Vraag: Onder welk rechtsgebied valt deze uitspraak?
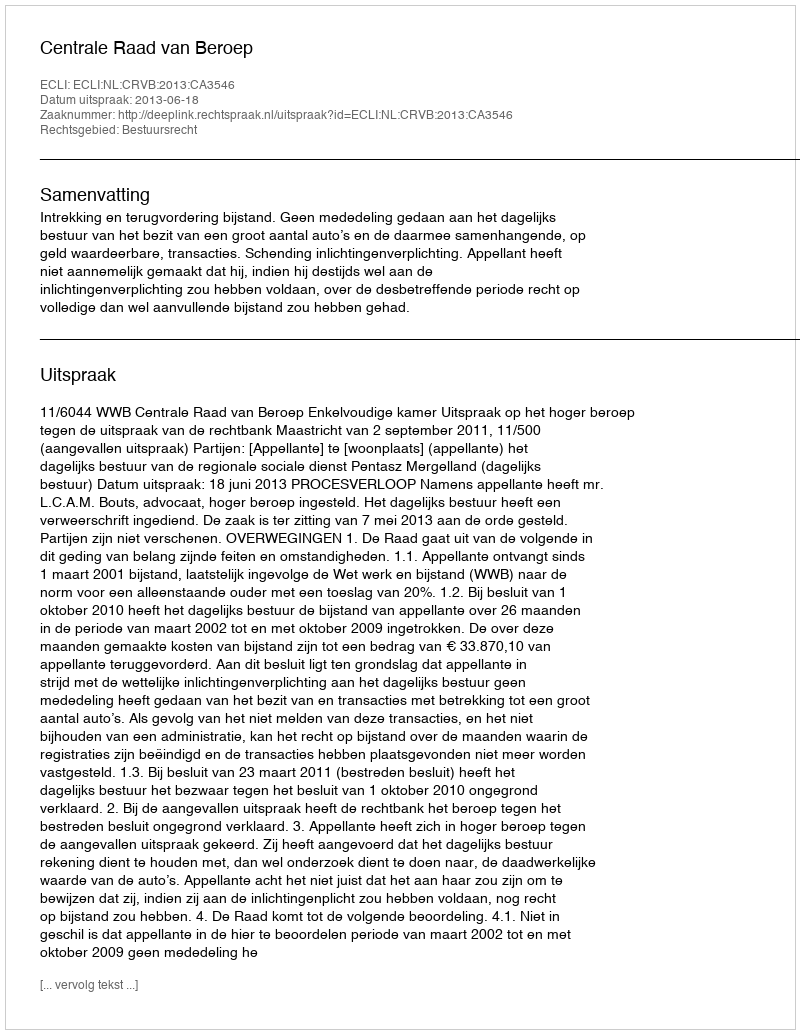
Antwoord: Bestuursrecht